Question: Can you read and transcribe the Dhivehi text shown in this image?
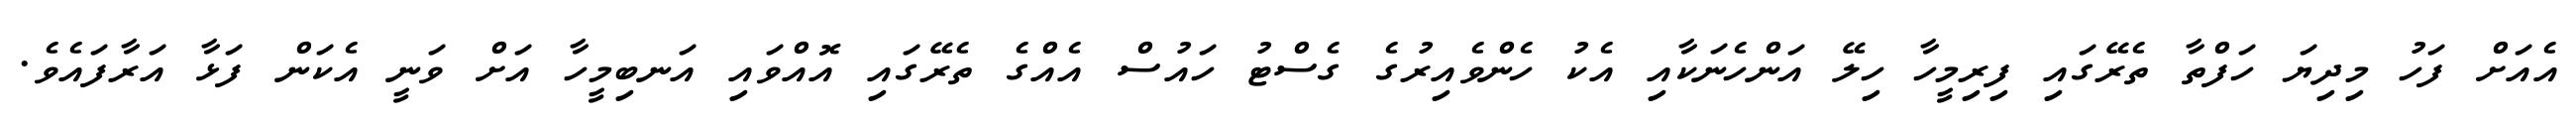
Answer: އެއަށް ފަހު މިދިޔަ ހަފްތާ ތެރޭގައި ފިރިމީހާ ހިލޭ އަންހެނަކާއި އެކު ހެންވެއިރުގެ ގެސްޓު ހައުސް އެއްގެ ތެރޭގައި އޮއްވައި އަނބިމީހާ އަށް ވަނީ އެކަން ފަޅާ އަރާފައެވެ.